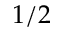
1 / 2